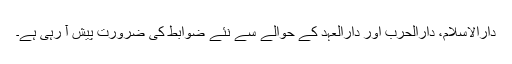
دارالاسلام، دارالحرب اور دارالعہد کے حوالے سے نئے ضوابط کی ضرورت پیش آ رہی ہے۔